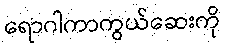
ရောဂါကာကွယ်ဆေးကို